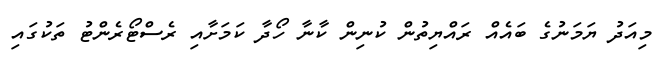
މިއަދު ޔަމަނުގެ ބައެއް ރައްޔިތުން ކުނިން ކާނާ ހޯދާ ކަމަށާއި ރެސްޓޯރެންޓު ތަކުގައި